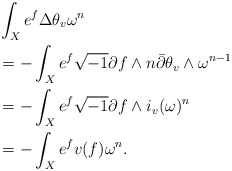
\begin{align*}&\int_{X}e^{f}\Delta\theta_{v}\omega^{n}\\&=-\int_{X}e^{f}\sqrt{-1}\partial f\wedge n \bar{\partial}\theta_{v}\wedge\omega^{n-1}\\&=-\int_{X}e^{f}\sqrt{-1}\partial f\wedge i_{v}(\omega)^{n}\\&=-\int_{X}e^{f} v(f) \omega^{n}.\\\end{align*}